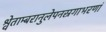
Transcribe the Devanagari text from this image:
श्वेताम्बरानुलेपनस्रगाभरणां